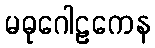
မဓုဂေါဠကေန